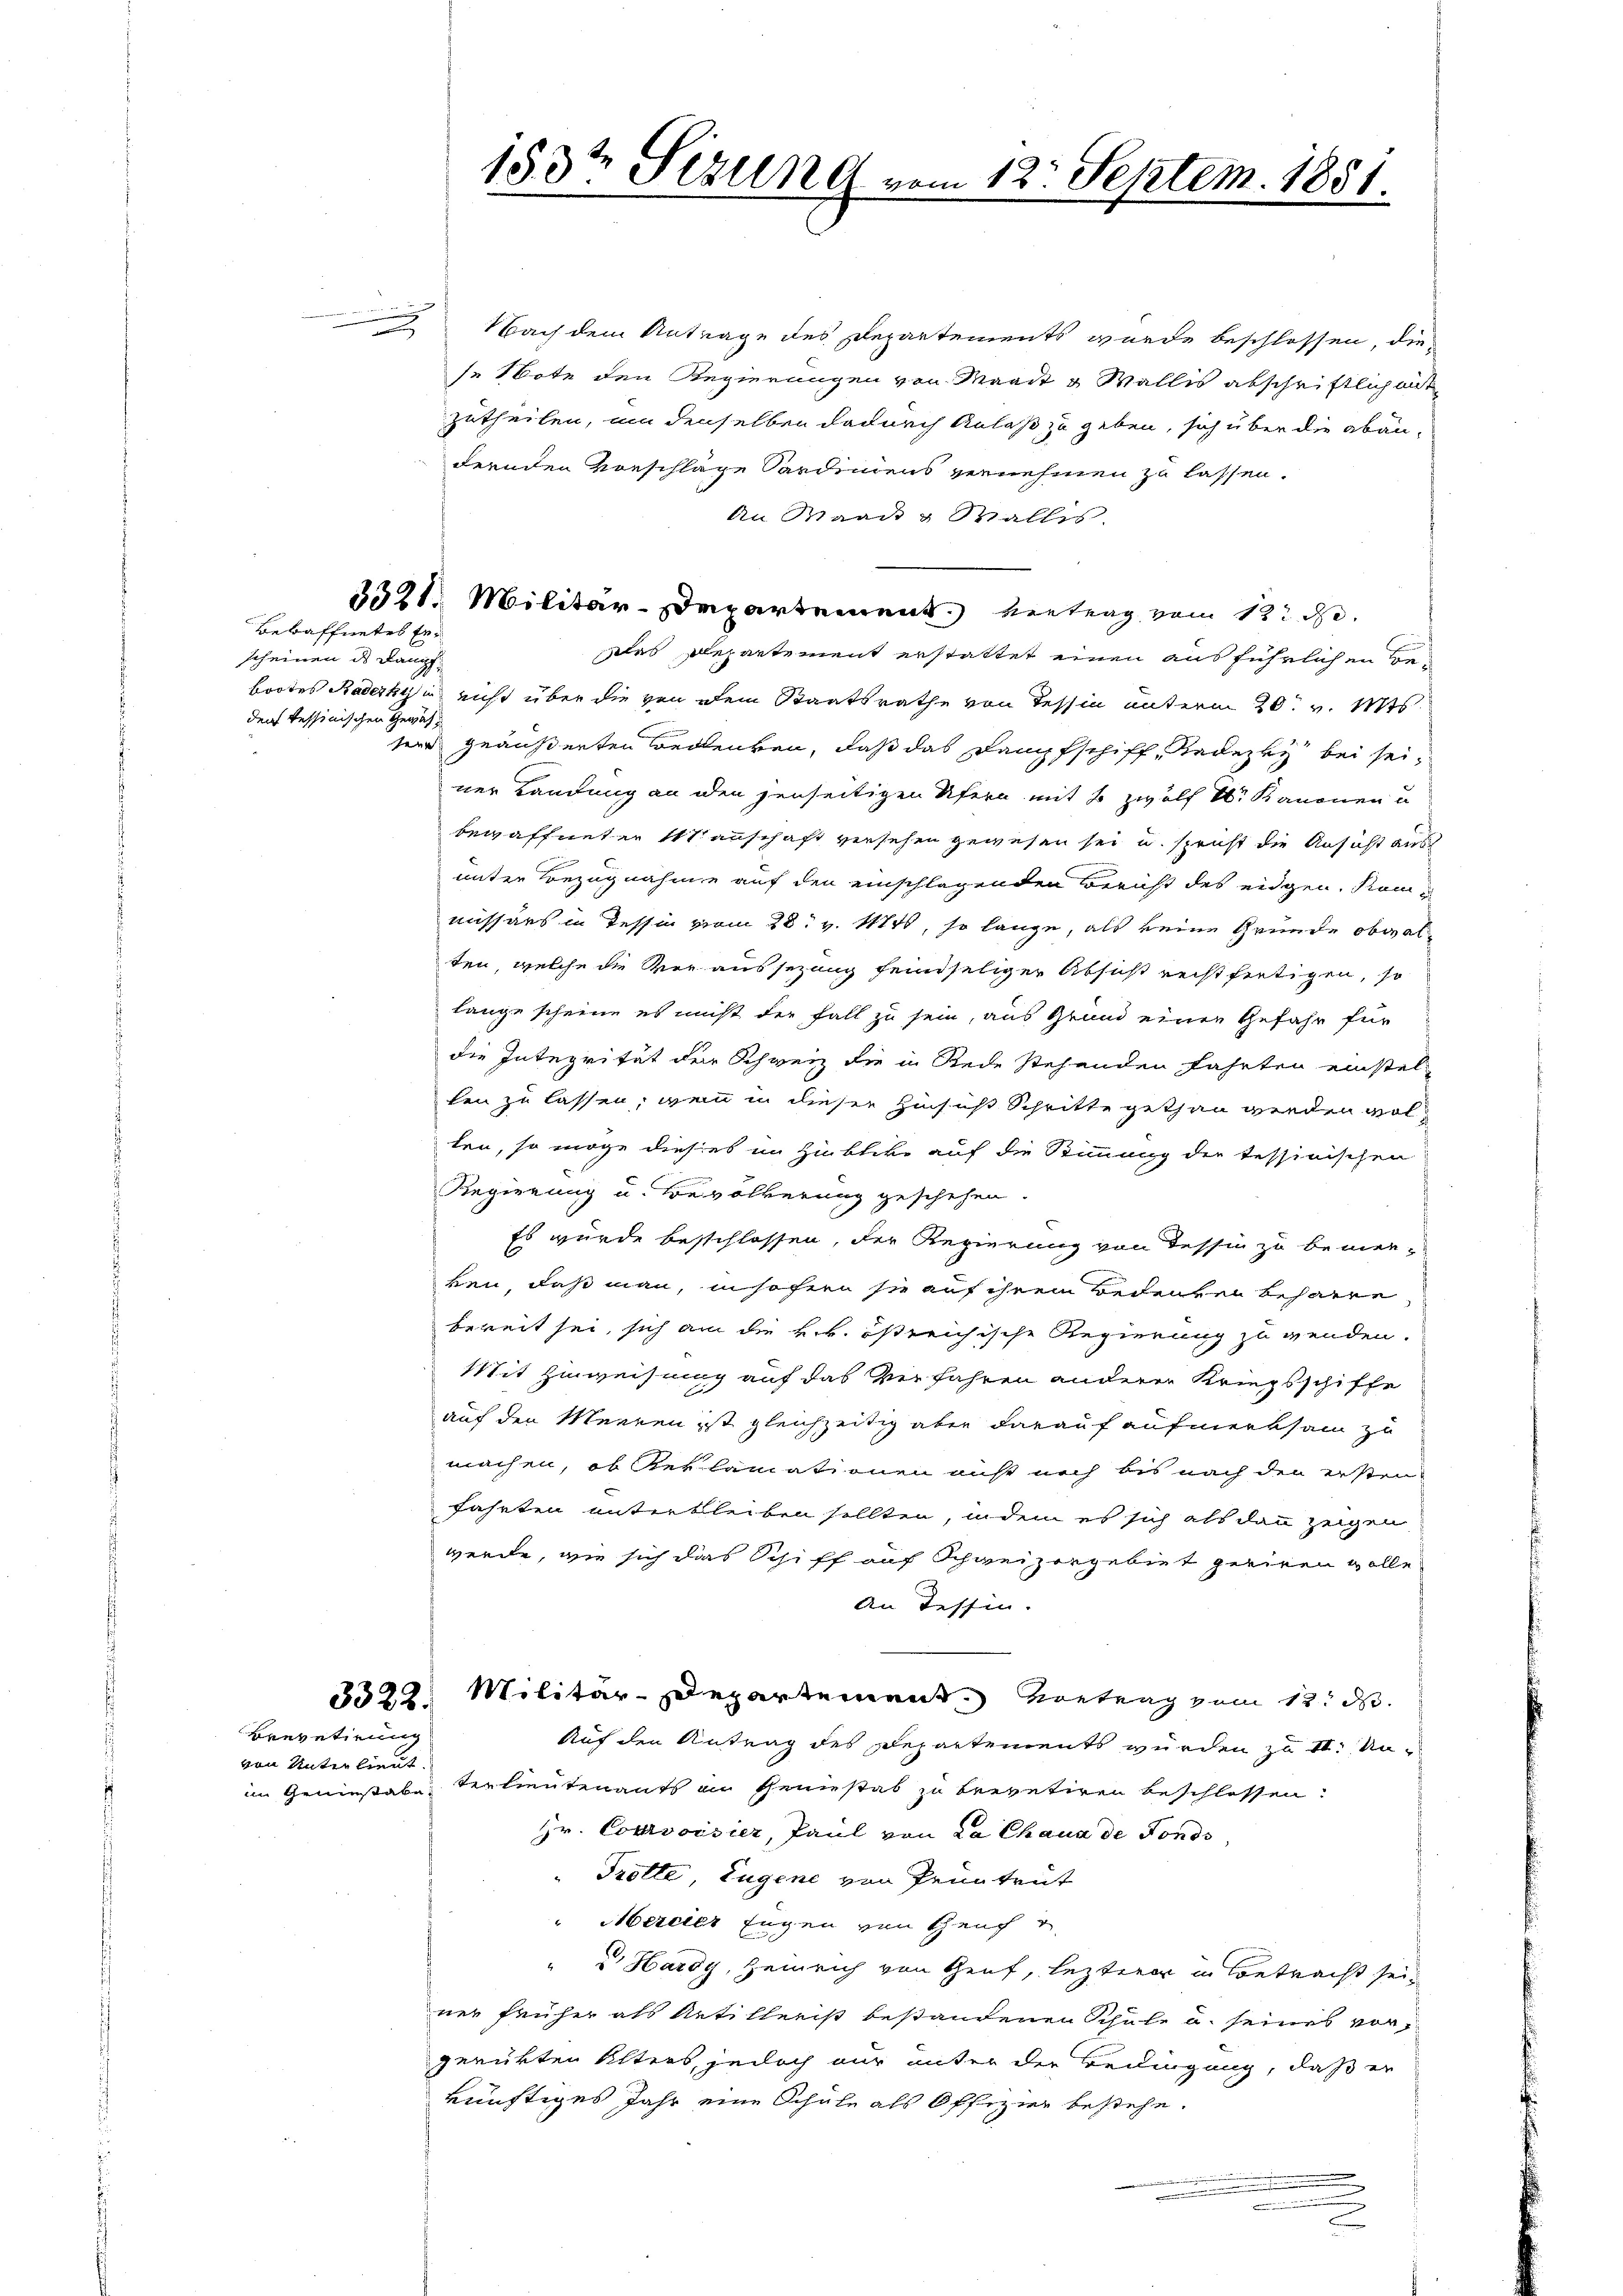
x

scheinen ds Kampf
der Tessinischen Gewähsene

Bewaffnetes Er¬

Brevetirung

von Unterlieut.

Nach dem Antrage des Departements wurde beschlossen, die
se Note den Regierungen von Waadt & Wallis abschriftlichente
zutheilen, um denselben dadurch Anlaß zu geben, sich über die abän-
dernden Vorschläge Sardiniens vernehmen zu lassen.
An Maas & Wallis
3321. Militär-Departement vertrag vom 12. d.
Das Departement erstattet einen ausführlichen Bebootes Radecky in nicht über die von dem Staatsrathe von Tessin unterm 20. v. Mts.
geäußerten Bedenken, daß das Dampfschiff, Redezky bei seiner Landung an den jenseitigen Ufern mit 6 zwölf Sr. Kanonen u
bewaffneten Manschaft versehen gewesen sei u. spricht die Ansicht aus
unter Bezugnahme auf den einschlagenden Bericht des eidgen. Kammissärs in Tessin vom 28. v. 1881, so lange, als keine Gründe obwalten, welche die Veraussezung feindseliger Absicht rechtfertigen, so
lange scheine es nicht der Fall zu sein, aus Grund einen Gefahr für
die Integrität der Schweiz die in Rede stehenden Fahrten einstel-
len zu lassen, wenn in dieser Hinsich Schritte gethan werden wolten, so möge dieses im Hinblicke auf die Stimmung der tessinischen
Regierung u. Bevölkerung geschehen.
Es wurde beschlossen, der Regierung von Tessin zu bemer-
ken, daß man, insofern sie auf ihrem Bedeuten beharre
bereit sei, sich an die k. k. östreichische Regierung zu werden.
Mit Zuweisung auf das Verfahren anderer Kriegsschiffe
auf den Meinen ist gleichzeitig aber darauf aufmerksam zu
machen, ob Reklamationen nicht noch bis nach den ersten
fahrten unterbleiben sollten, indem es sich als dann zeigen
werde, wie sich das Schiff auf Schweizergebiet geriren wolle
An Tessin.
3322. Militär-Departement. Vortrag vom 12. d.
Auf den Antrag des Departements wurden zu II. Unim Genießstabe verlieutenants an Geniestab zu brevetiren beschlossen:
Hr. Courvoisier, Paul von La Chaux de Fonds,
" Trotte, Eugene von Pruntrut
Mercier Eugen von Heuch
"  Hardy, Heinrich von Genf, lezterer in Betracht sein
ner früher als Artiklerist bestandenen Schule u. seines vorgerükten Alters, jedoch nur unter der Bedingung, daß er
künftiges Jahr eine Schule als Offizier bestehe.
.
.

153ten Sizung vom 12. Septem. 1881.